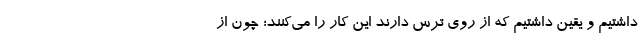
داشتیم و یقین داشتیم که از روی ترس دارند این کار را می‌کنند؛ چون از